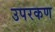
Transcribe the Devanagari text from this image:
उपरकण